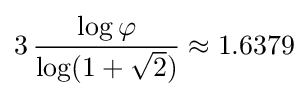
3\,{\frac {\log \varphi }{\log(1+{\sqrt {2}})}}\approx 1.6379